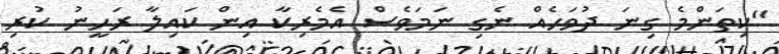
"ކިތަންމެ ގިނަ ދުވަހެއް ނެގި ނަމަވެސް އެމެރިކާ އިން ކައިލާ ރަހީނު ކުރި